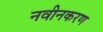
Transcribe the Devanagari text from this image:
नवीनकरण